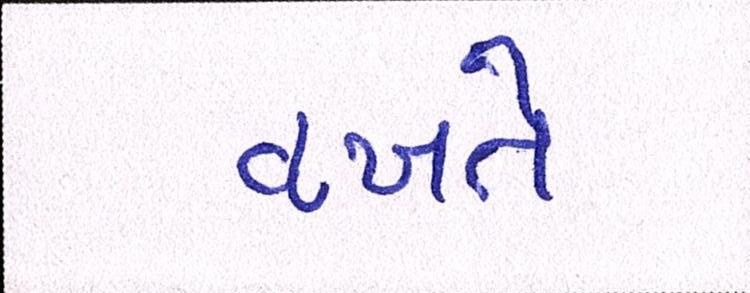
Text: વખતે